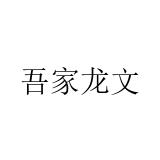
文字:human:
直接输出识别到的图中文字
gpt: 吾家龙文